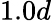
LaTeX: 1.0d